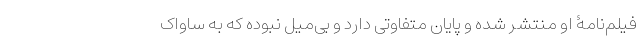
فیلم‌نامۀ او منتشر شده و پایان متفاوتی دارد و بی‌میل نبوده که به ساواک